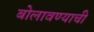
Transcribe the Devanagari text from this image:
बोलावण्याची